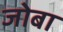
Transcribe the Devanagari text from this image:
जोबा